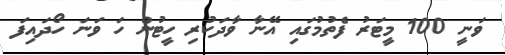
ވަނީ 100 މީޓަރު ފެތުމުގައި އޭނާ ވާދަކުރި ހީޓުން ހަ ވަނަ ހޯދައިފަ